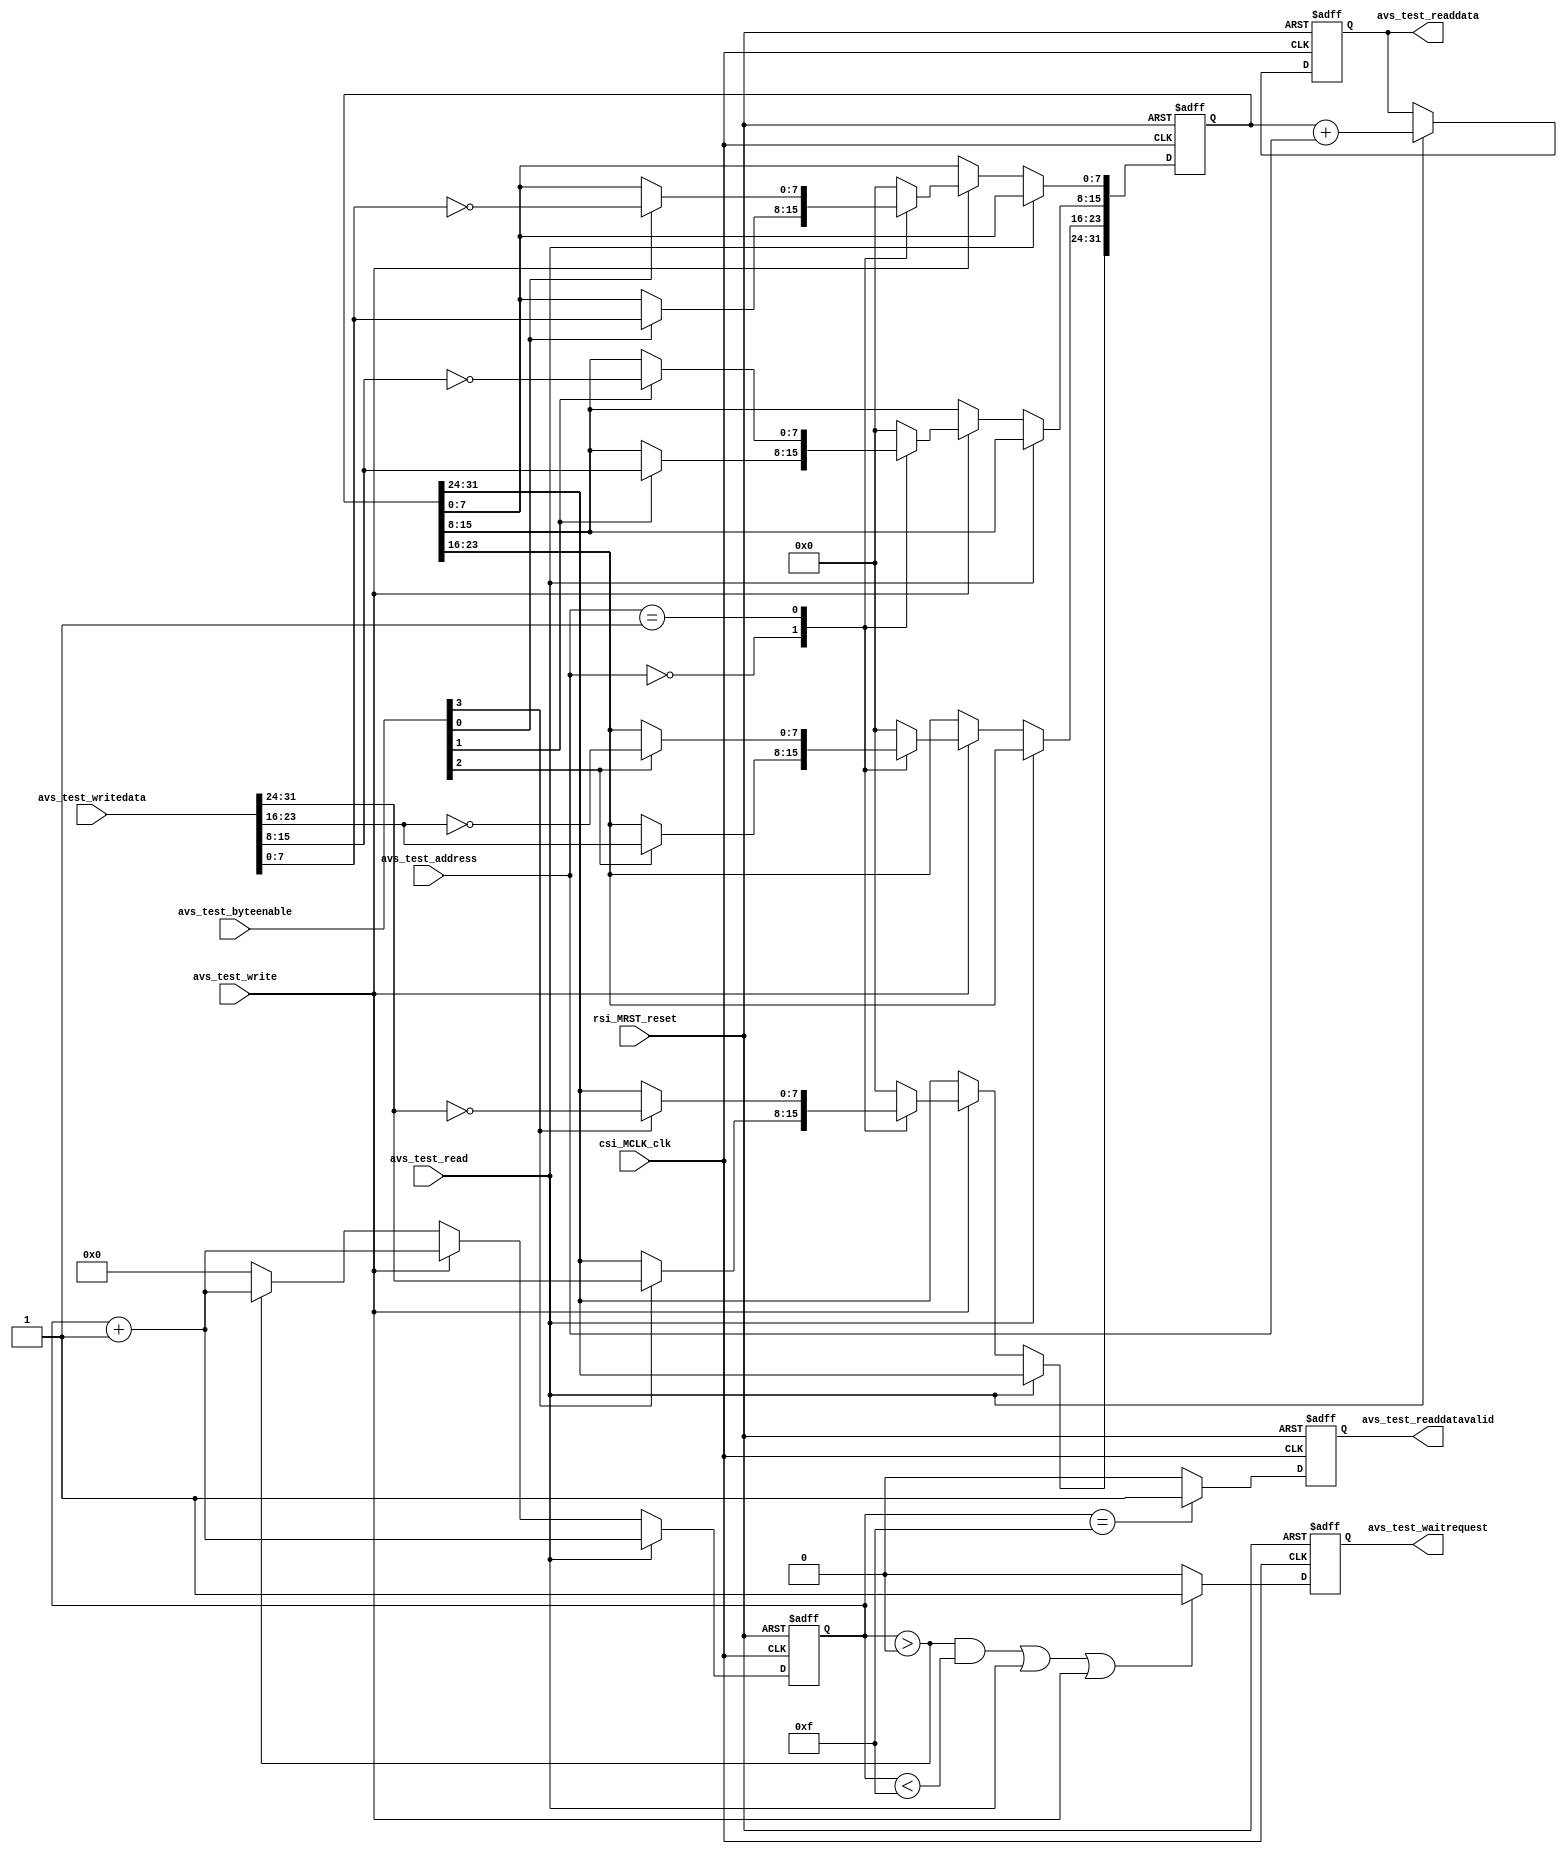
module test_RegWaitRW32(
//Avalon System control signal.
input					rsi_MRST_reset,	// reset_n from MCU GPIO
input					csi_MCLK_clk,

//Avalon-MM Control.
input		[31:0]	avs_test_writedata,
output	[31:0]	avs_test_readdata,
input		[5:0]		avs_test_address,
input		[3:0]		avs_test_byteenable,
input					avs_test_write,
input					avs_test_read,
output				avs_test_readdatavalid,
output				avs_test_waitrequest
);

reg		[31:0]	out_data = 0;
reg		[31:0]	r_data = 0;
reg					r_wait = 0;
reg		[3:0]		r_wait_cnt = 0;
reg					r_valid = 0;

assign	avs_test_readdata = out_data;
assign	avs_test_waitrequest = r_wait;
assign	avs_test_readdatavalid = r_valid;

always@(posedge csi_MCLK_clk or posedge rsi_MRST_reset)
begin
	if(rsi_MRST_reset) begin
		out_data <= 0;
		r_data <= 0;
		r_wait <= 0;
		r_wait_cnt <= 0;
		r_valid <= 0;
	end
	else begin
		if(r_wait_cnt == 15) r_valid <= 1; else r_valid <= 0;
		if(((r_wait_cnt > 0)&&(r_wait_cnt < 15))||(avs_test_read)||(avs_test_write)) r_wait <= 1; else r_wait <= 0;
		if(avs_test_read) begin
			r_wait_cnt <= r_wait_cnt + 1;
			out_data <= r_data + avs_test_address;
		end
		else if(avs_test_write) begin
			r_wait_cnt <= r_wait_cnt + 1;
			case(avs_test_address)
				0: begin
					if(avs_test_byteenable[3]) r_data[31:24] <= avs_test_writedata[31:24];
					if(avs_test_byteenable[2]) r_data[23:16] <= avs_test_writedata[23:16];
					if(avs_test_byteenable[1]) r_data[15:8] <= avs_test_writedata[15:8];
					if(avs_test_byteenable[0]) r_data[7:0] <= avs_test_writedata[7:0];
				end
				1: begin
					if(avs_test_byteenable[3]) r_data[31:24] <= ~avs_test_writedata[31:24];
					if(avs_test_byteenable[2]) r_data[23:16] <= ~avs_test_writedata[23:16];
					if(avs_test_byteenable[1]) r_data[15:8] <= ~avs_test_writedata[15:8];
					if(avs_test_byteenable[0]) r_data[7:0] <= ~avs_test_writedata[7:0];				
				end
				default: begin
					r_data <= 0;				
				end
			endcase
		end
		else begin
			if(r_wait_cnt > 0) r_wait_cnt <= r_wait_cnt + 1; else r_wait_cnt <= 0;
		end
	end
end

endmodule